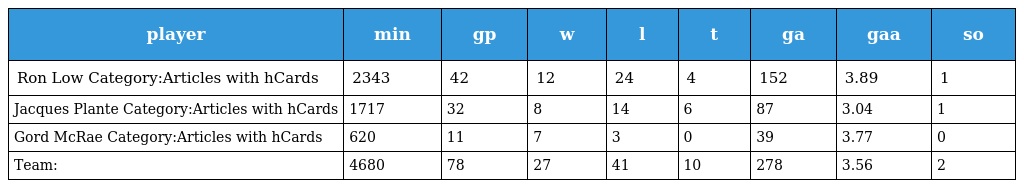
| player | min | gp | w | l | t | ga | gaa | so |
 | --- | --- | --- | --- | --- | --- | --- | --- | --- |
 | Ron Low Category:Articles with hCards | 2343 | 42 | 12 | 24 | 4 | 152 | 3.89 | 1 |
 | Jacques Plante Category:Articles with hCards | 1717 | 32 | 8 | 14 | 6 | 87 | 3.04 | 1 |
 | Gord McRae Category:Articles with hCards | 620 | 11 | 7 | 3 | 0 | 39 | 3.77 | 0 |
 | Team: | 4680 | 78 | 27 | 41 | 10 | 278 | 3.56 | 2 |